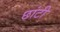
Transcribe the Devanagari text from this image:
छांटी